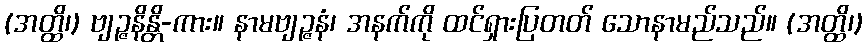
(အတ္ထိ၊) ဗျဉ္ဇနိန္တိ-ကား။ နာမဗျဉ္ဇနံ၊ အနက်ကို ထင်ရှားပြတတ် သောနာမည်သည်။ (အတ္ထိ၊)